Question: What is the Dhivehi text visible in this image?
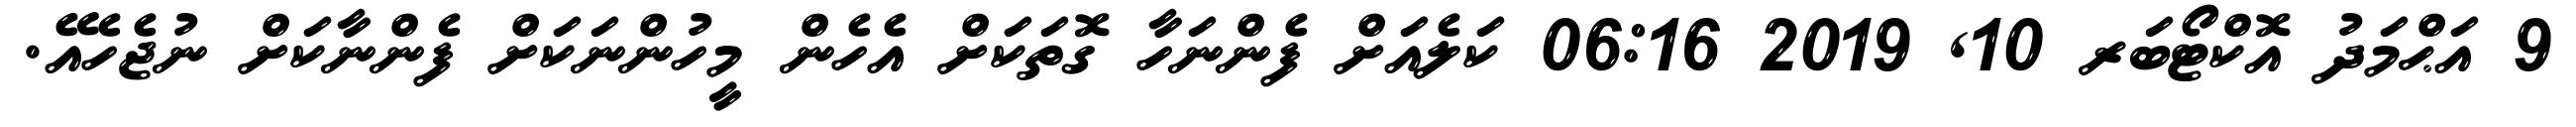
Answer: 9 އަޙްމަދު އޮކްޓޯބަރ 10, 2019 06:16 ކަލެއަށް ފެންނަހާ ގޮތަކަށް އެހެން މީހުންނަކަށް ފެންނާކަށް ނުޖެހެއޭ.